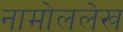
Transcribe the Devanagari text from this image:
नामोललेख